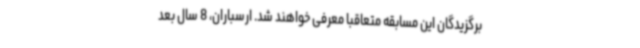
برگزیدگان این مسابقه متعاقبا معرفی خواهند شد. ارسباران، 8 سال بعد